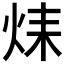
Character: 𤈞